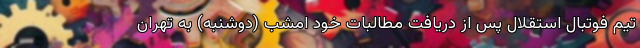
تیم فوتبال استقلال پس از دریافت مطالبات خود امشب (دوشنبه) به تهران